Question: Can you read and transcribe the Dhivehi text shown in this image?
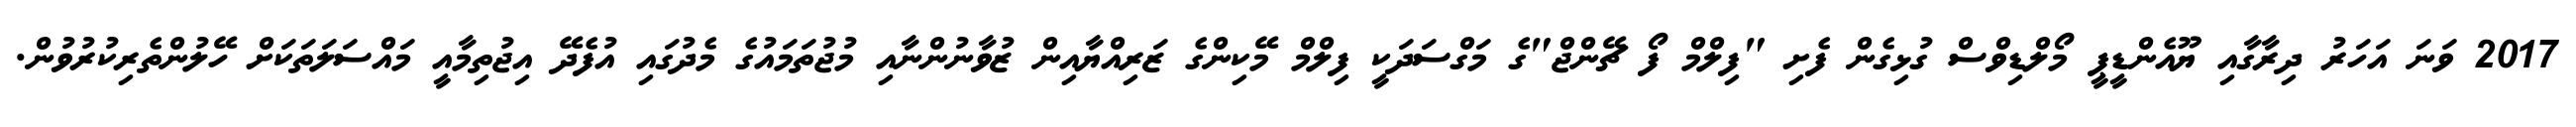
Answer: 2017 ވަނަ އަހަރު ދިރާގާއި ޔޫއެންޑީޕީ މޯލްޑިވްސް ގުޅިގެން ފެށި "ފިލްމް ފޯ ޗޭންޖް"ގެ މަގްސަދަކީ ފިލްމް މޭކިންގެ ޒަރިއްޔާއިން ޒުވާނުންނާއި މުޖުތަމައުގެ މެދުގައި އުފެދޭ އިޖުތިމާއީ މައްސަލަތަކަށް ހޭލުންތެރިކުރުވުން.